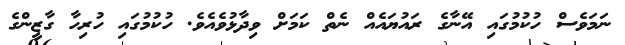
ނަމަވެސް ހުކުމުގައި އޭނާގެ ރައުޔައެއް ނެތް ކަމަށް ވިދާޅުވެއެވެ. ހުކުމުގައި ހުރިހާ ގާޒީންގެ